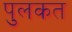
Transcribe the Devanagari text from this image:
पुलकत